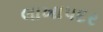
લાખાપદર